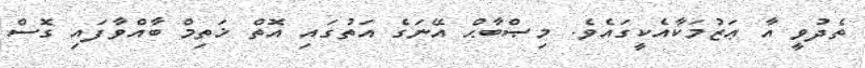
ތެދުވީ އާ ޢަޒުމަކާއެކީގައެވެ. މިޞްބާޙް އޭނަގެ އަތުގައި އޮތް ޚަތިމް ބާއްވާފައި ގޮސް